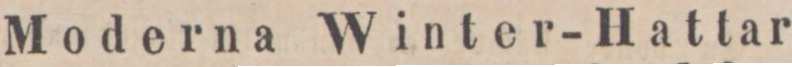
Moderna Winter-Hattar